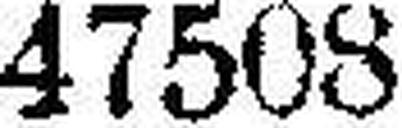
47508